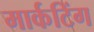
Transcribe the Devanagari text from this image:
मार्कटिंग